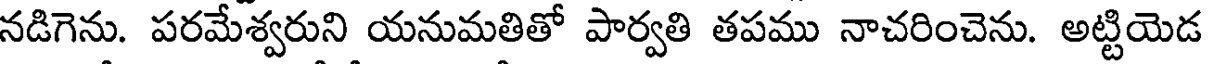
నడిగెను. పరమేశ్వరుని యనుమతితో పార్వతి తపము నాచరించెను. అట్టియెడ